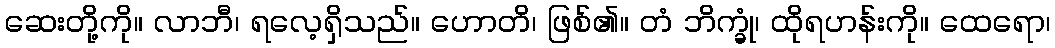
ဆေးတို့ကို။ လာဘီ၊ ရလေ့ရှိသည်။ ဟောတိ၊ ဖြစ်၏။ တံ ဘိက္ခုံ၊ ထိုရဟန်းကို။ ထေရော၊